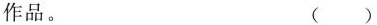
作品。 ()